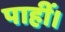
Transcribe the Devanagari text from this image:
पाहीं।